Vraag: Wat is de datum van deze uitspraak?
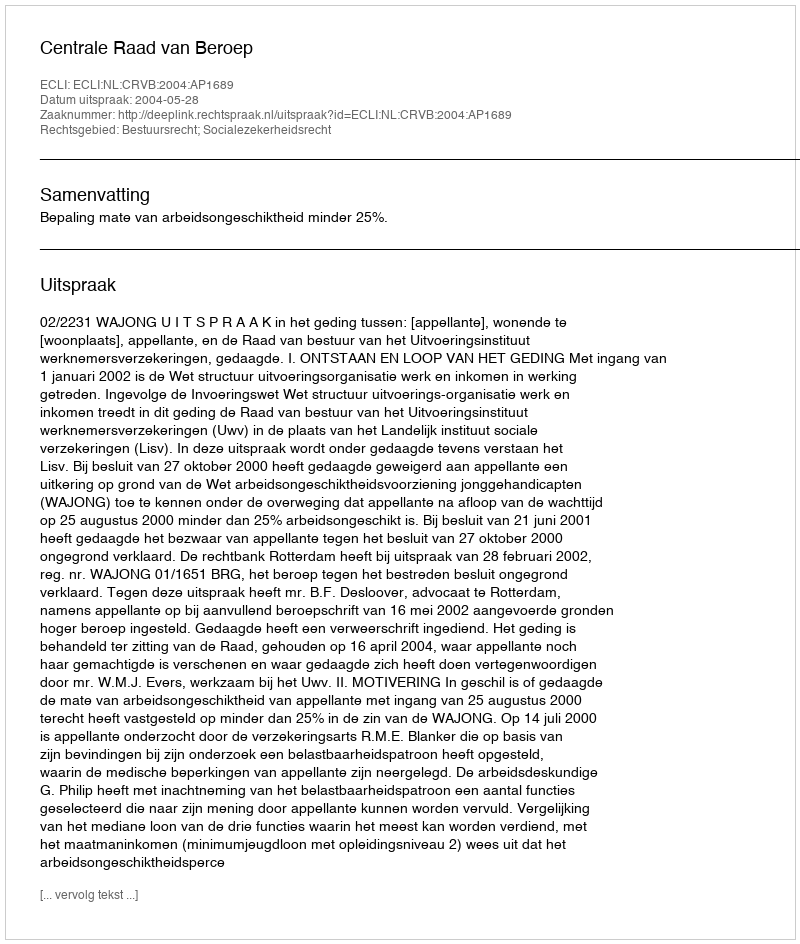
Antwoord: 2004-05-28